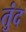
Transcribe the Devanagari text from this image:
तुंद